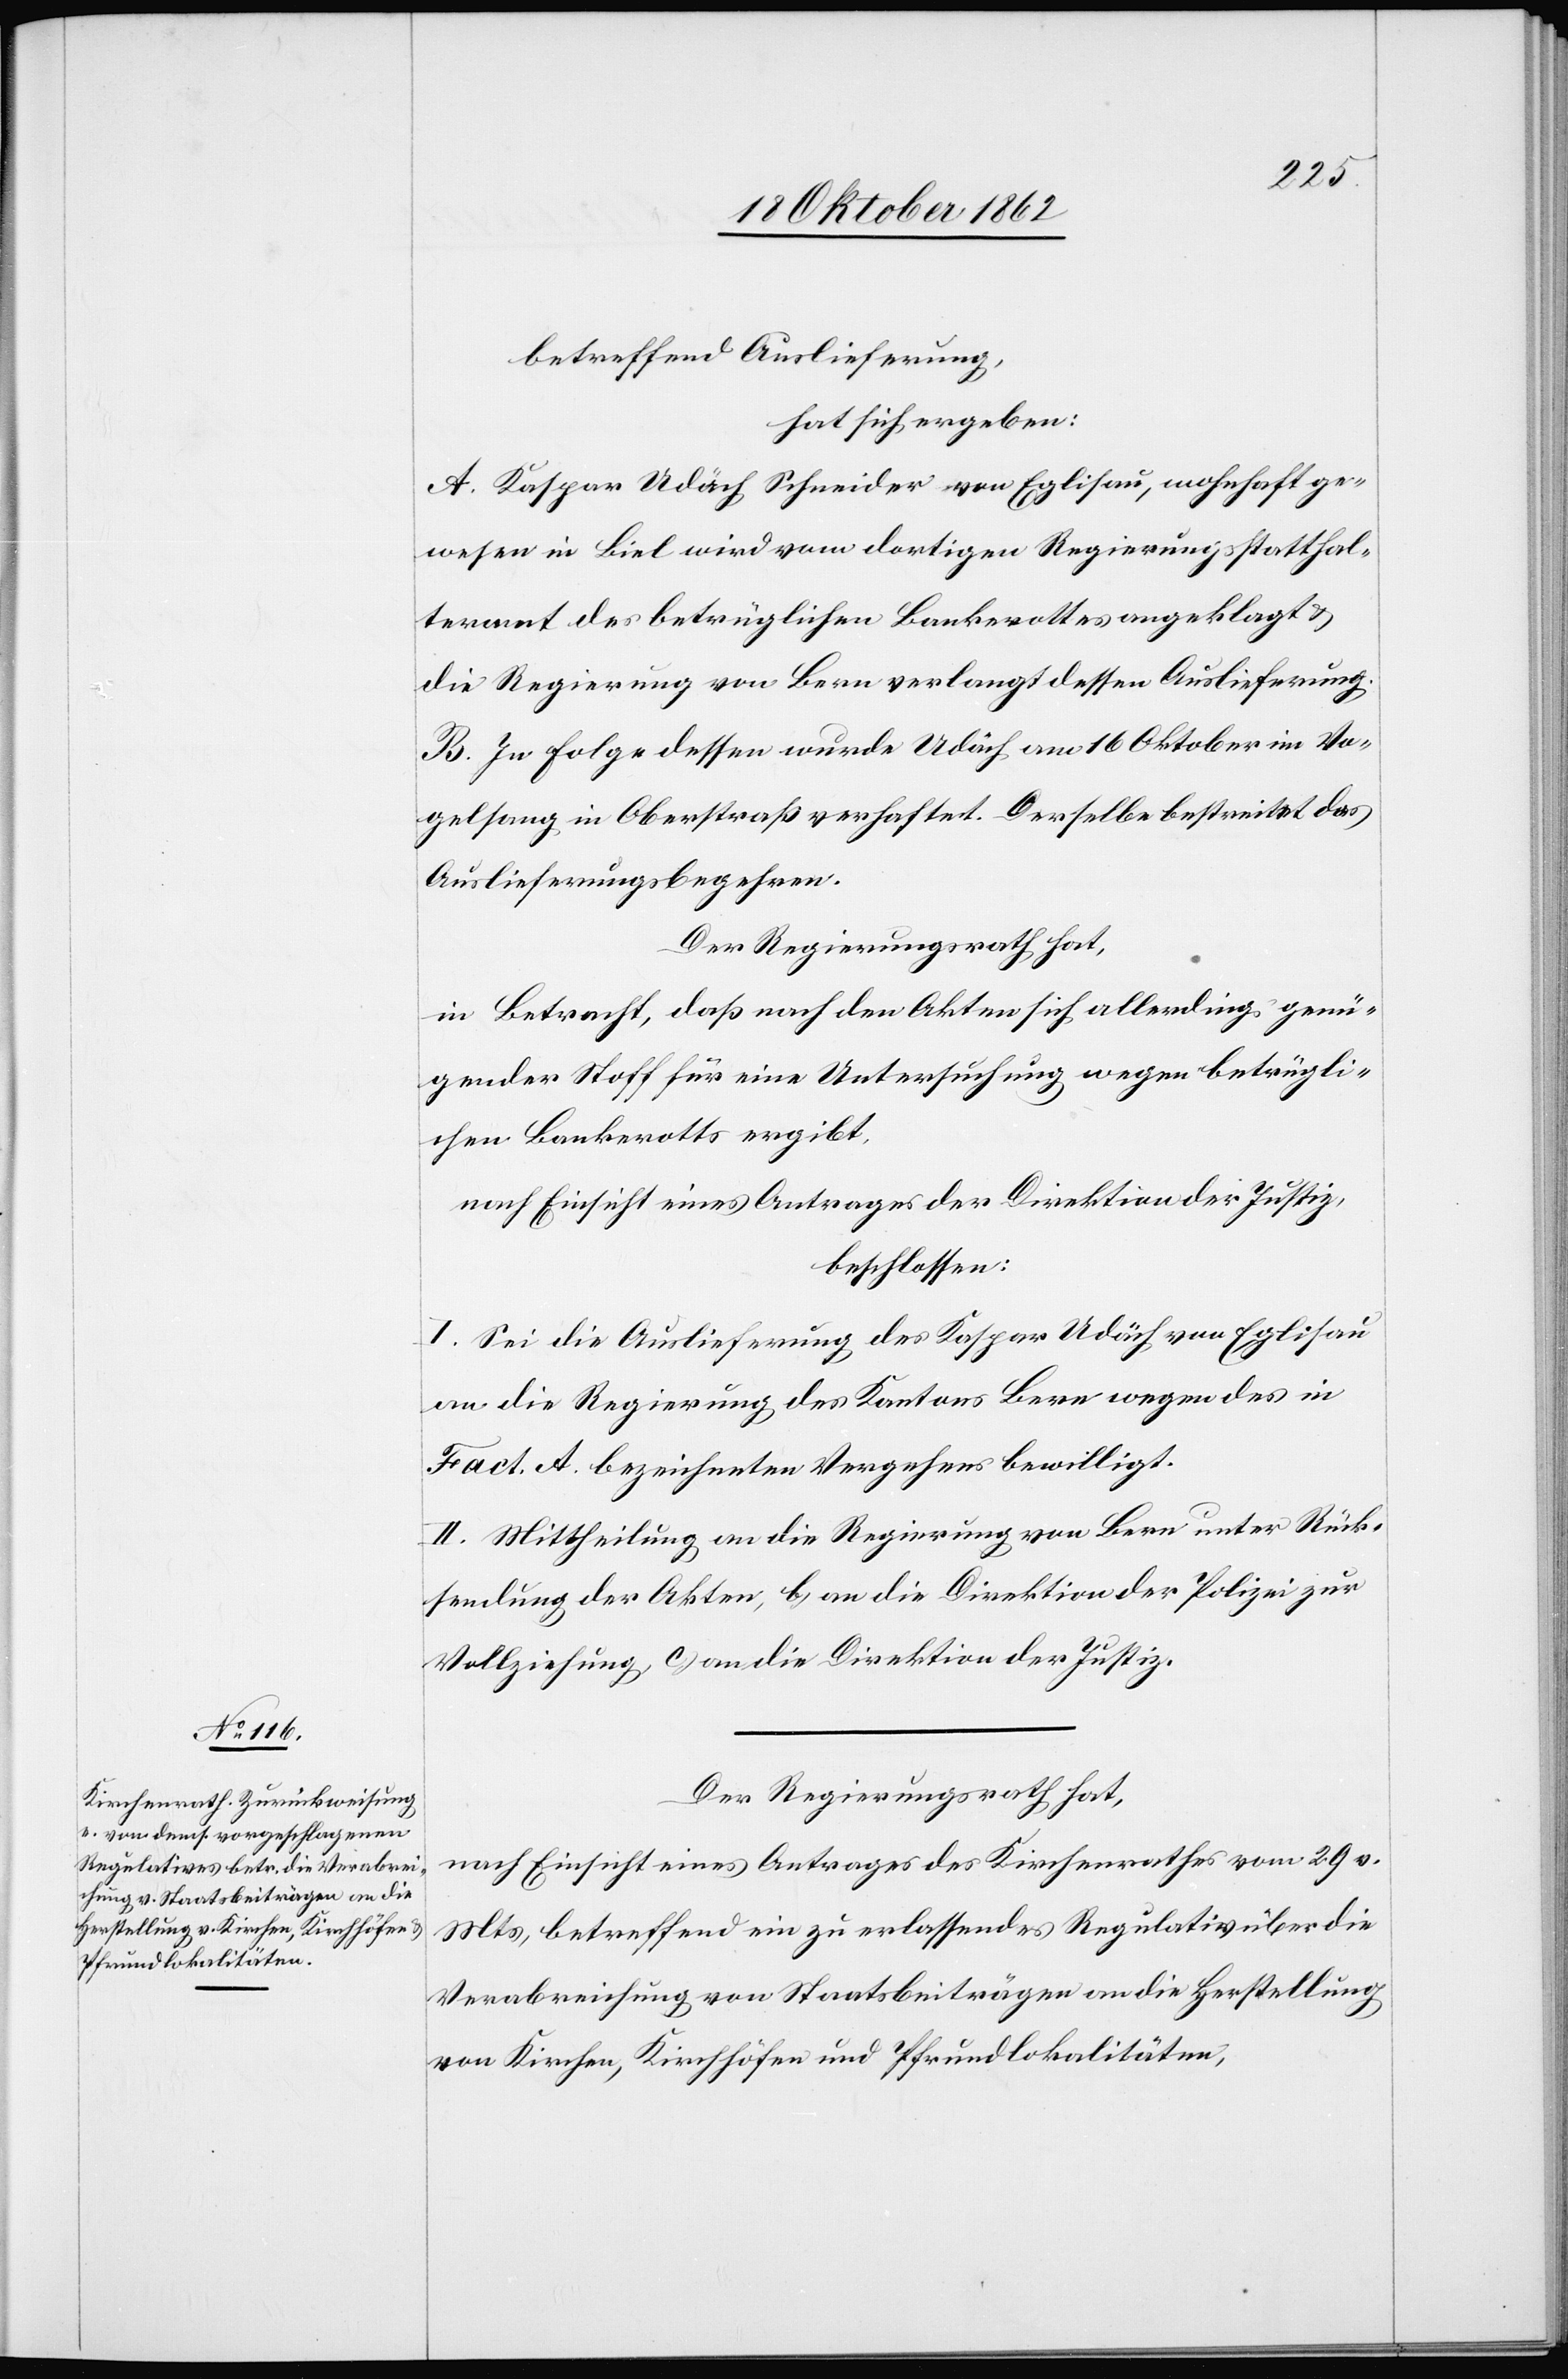
betreffend Auslieferung
hat sich ergeben:
A. Kaspar Udäch Schneider von Eglisau, wohnhaft ge¬
wesen in Biel wird vom dortigen Regierungsstatthal¬
teramt des betrüglichen Bankerottes angeklagt u.
die Regierung von Bern verlangt dessen Auslieferung.
B. In Folge dessen wurde Udäch am 16. Oktober in Vo¬
gelsang in Oberstraß verhaftet. Derselbe bestreitet das
Auslieferungsbegehren.
Der Regierungsrath hat,
in Betracht, daß nach den Akten sich allerdings genü¬
gender Stoff für eine Untersuchung wegen betrügli¬
chen Bankerotts ergibt.
nach Einsicht eines Antrages der Direktion der Justiz,
beschlossen:
I. Sei die Auslieferung des Kaspar Udäch von Eglisau
an die Regierung des Kantons Bern wegen des in
Fact. A. bezeichneten Vergehen bewilligt.
II. Mittheilung [a)] an die Regierung von Bern unter Rück¬
sendung der Akten, b) an die Direktion der Polizei zur
Vollziehung, c) an die Direktion der Justiz.
Der Regierungsrath hat,
nach Einsicht eines Antrages des Kirchenrathes vom 29. v.
Mts., betreffend ein zu erlassendes Regulativ über die
Verabreichung von Staatsbeiträgen an die Herstellung
von Kirchen, Kirchhöfen und Pfrundlokalitäten,